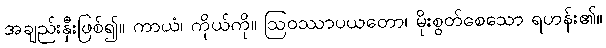
အချည်းနှီးဖြစ်၍။ ကာယံ၊ ကိုယ်ကို။ ဩဝဿာပယတော၊ မိုးစွတ်စေသော ရဟန်း၏။